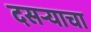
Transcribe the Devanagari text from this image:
दसऱ्याचा